Annual administration report of the Civil Veterinary Department of India - 1894-1895
Year: 1894
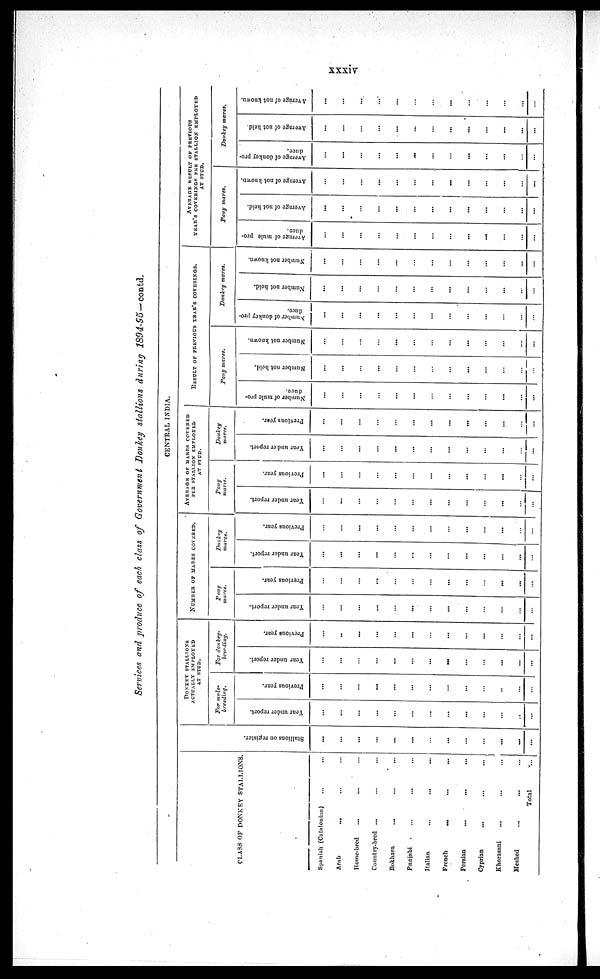
xxxiv
Services and produce of each class of Government Donkey stallions during
1894-95—contd.
CENTRAL INDIA.
CLASS OF DONKEY STALLIONS.
Spanish (Catalonian)
...
...
Arab... ... ...
Home-bred...
... ...
Country-bred... ... ...
Bokhara...
...
...
Punjabi
...
...
...
Italian
...
...
...
French...
...
...
Persian...
...
...
Cyprian...
... ...
Khorasani...
... ...
Meshed...
... ...
Total ...
Stallions on register.
...
...
...
...
...
...
...
...
...
...
...
...
...
DONKEY
STALLIONS
ACTUALLY EMPLOYED
AT STUD.
For mule¬
breeding.
Year under report.
...
...
...
...
...
...
...
...
...
...
...
..
...
Previous year.
...
...
...
...
...
...
...
...
...
...
...
...
...
For donkey¬
breeding.
Year under report.
...
...
...
...
...
...
...
...
...
...
...
...
...
Previous year.
...
..
...
...
...
...
...
...
...
...
...
...
...
NUMBER OF MARES COVERED.
Pony
mares.
Year under report.
...
...
...
...
...
...
...
...
...
...
...
...
...
Previous year.
...
...
...
...
...
...
...
...
...
...
...
...
...
Donkey
mares.
Year under report.
...
...
...
...
...
...
...
...
...
...
...
...
...
Previous year.
...
...
...
...
...
...
...
...
...
...
...
...
...
AVERAGE OF MARES COVERED
PER STALLION EMPLOYED
Pony
mares.
Year under report.
...
...
...
...
...
...
...
...
...
...
...
...
...
Previous year.
...
...
...
...
...
...
...
...
...
...
...
...
...
Donkey
mares.
Year under report.
...
...
...
...
...
...
...
...
...
...
...
...
...
Previous year.
...
...
...
...
...
...
...
...
...
...
...
...
...
RESULT OF PREVIOUS YEAR'S COVERINGS.
Pony mares.
Number of mule pro-
duce.
...
...
...
...
...
...
...
...
...
...
...
...
…
Number not held.
...
...
...
...
...
...
...
...
...
...
...
...
...
Number not known.
...
...
...
...
...
...
...
...
...
...
...
...
...
Donkey mares.
Number of donkey pro-
duce.
...
...
...
...
...
...
...
...
...
...
...
...
...
Number not held.
...
...
...
...
...
...
...
...
...
...
...
...
...
Number not known.
...
...
...
...
...
...
...
...
...
...
...
...
...
AVERAGE RESULT OF PREVIOUS
YEAR'S COVERINGS PER STALLION EMPLOYE
AT STUD.
Pony mares.
Average of mule pro-
duce.
...
...
...
...
...
...
...
...
...
...
...
...
...
Average of not held.
...
...
...
...
...
...
...
...
...
...
...
...
...
Average of not known.
...
...
...
...
...
...
...
...
...
...
...
...
...
Donkey mares.
Average of donkey pro-
duce.
...
...
...
...
...
...
...
...
...
...
...
...
...
Average of not held.
...
...
...
...
...
...
...
...
...
...
...
...
...
Average of not known.
...
...
...
...
...
...
...
...
...
...
...
...
...